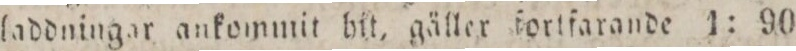
laddningar ankommit bit, gäller fortfarande 1: 90